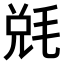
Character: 𣮆